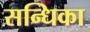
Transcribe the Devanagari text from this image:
सन्धिका